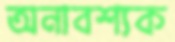
অনাবশ্যক